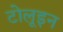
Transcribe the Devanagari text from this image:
टोलूइन